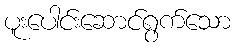
ပူးပေါင်းဆောင်ရွက်သော